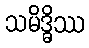
သမိဒ္ဓိဿ